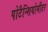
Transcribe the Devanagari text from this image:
पोटैन्शियोमीटर